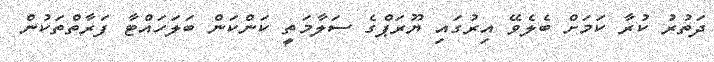
ދަތުރު ކުރާ ކަމަށް ބެލެވޭ އިރުގައި ޔޫރަޕްގެ ސަލާމަތީ ކަންކަން ބަލަހައްޓާ ފަރާތްތަކުން